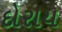
દોરાય